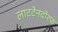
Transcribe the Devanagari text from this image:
लाटटेनदोरफ